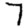
Digit: 7